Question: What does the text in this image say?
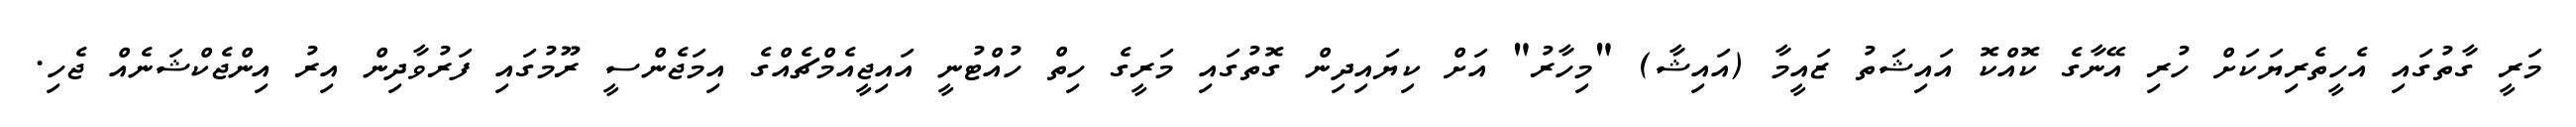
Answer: މަރީ ގާތުގައި އެހީތެރިޔަކަށް ހުރި އޭނާގެ ކޮއްކޮ އައިޝަތު ޒައީމާ (އައިޝާ) "މިހާރު" އަށް ކިޔައިދިން ގޮތުގައި މަރީގެ ހިތް ހުއްޓުނީ އައިޖީއެމްޗެއްގެ އިމަޖެންސީ ރޫމުގައި ފަރުވާދިން އިރު އިންޖެކްޝަނެއް ޖެހި.